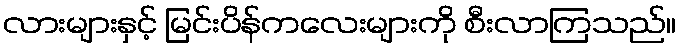
လားများနှင့် မြင်းပိန်ကလေးများကို စီးလာကြသည်။